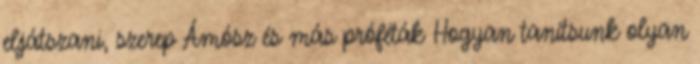
eljátszani, szerep Ámósz és más próféták Hogyan tanítsunk olyan